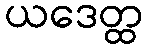
ယဒေတ္ထ